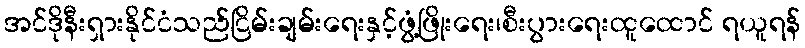
အင်ဒိုနီးရှားနိုင်ငံသည်ငြိမ်းချမ်းရေးနှင့်ဖွံ့ဖြိုးရေး၊စီးပွားရေးထူထောင် ရယူရန်